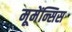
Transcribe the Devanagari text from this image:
मूमेंन्सिस